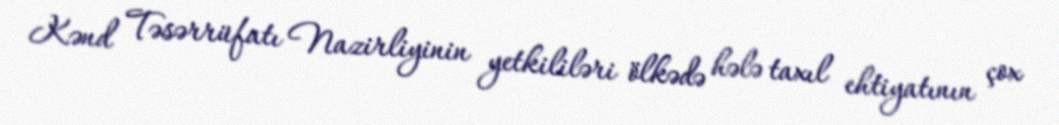
Kənd Təsərrüfatı Nazirliyinin yetkililəri ölkədə hələ taxıl ehtiyatının çox